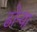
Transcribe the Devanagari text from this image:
ढोऱ्या